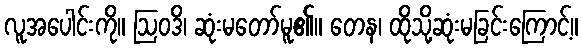
လူအပေါင်းကို။ ဩဝဒိ၊ ဆုံးမတော်မူ၏။ တေန၊ ထိုသို့ဆုံးမခြင်းကြောင့်။